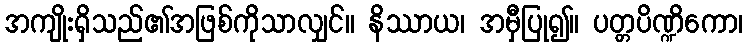
အကျိုးရှိသည်၏အဖြစ်ကိုသာလျှင်။ နိဿာယ၊ အမှီပြု၍။ ပတ္တပိဏ္ဍိကော၊